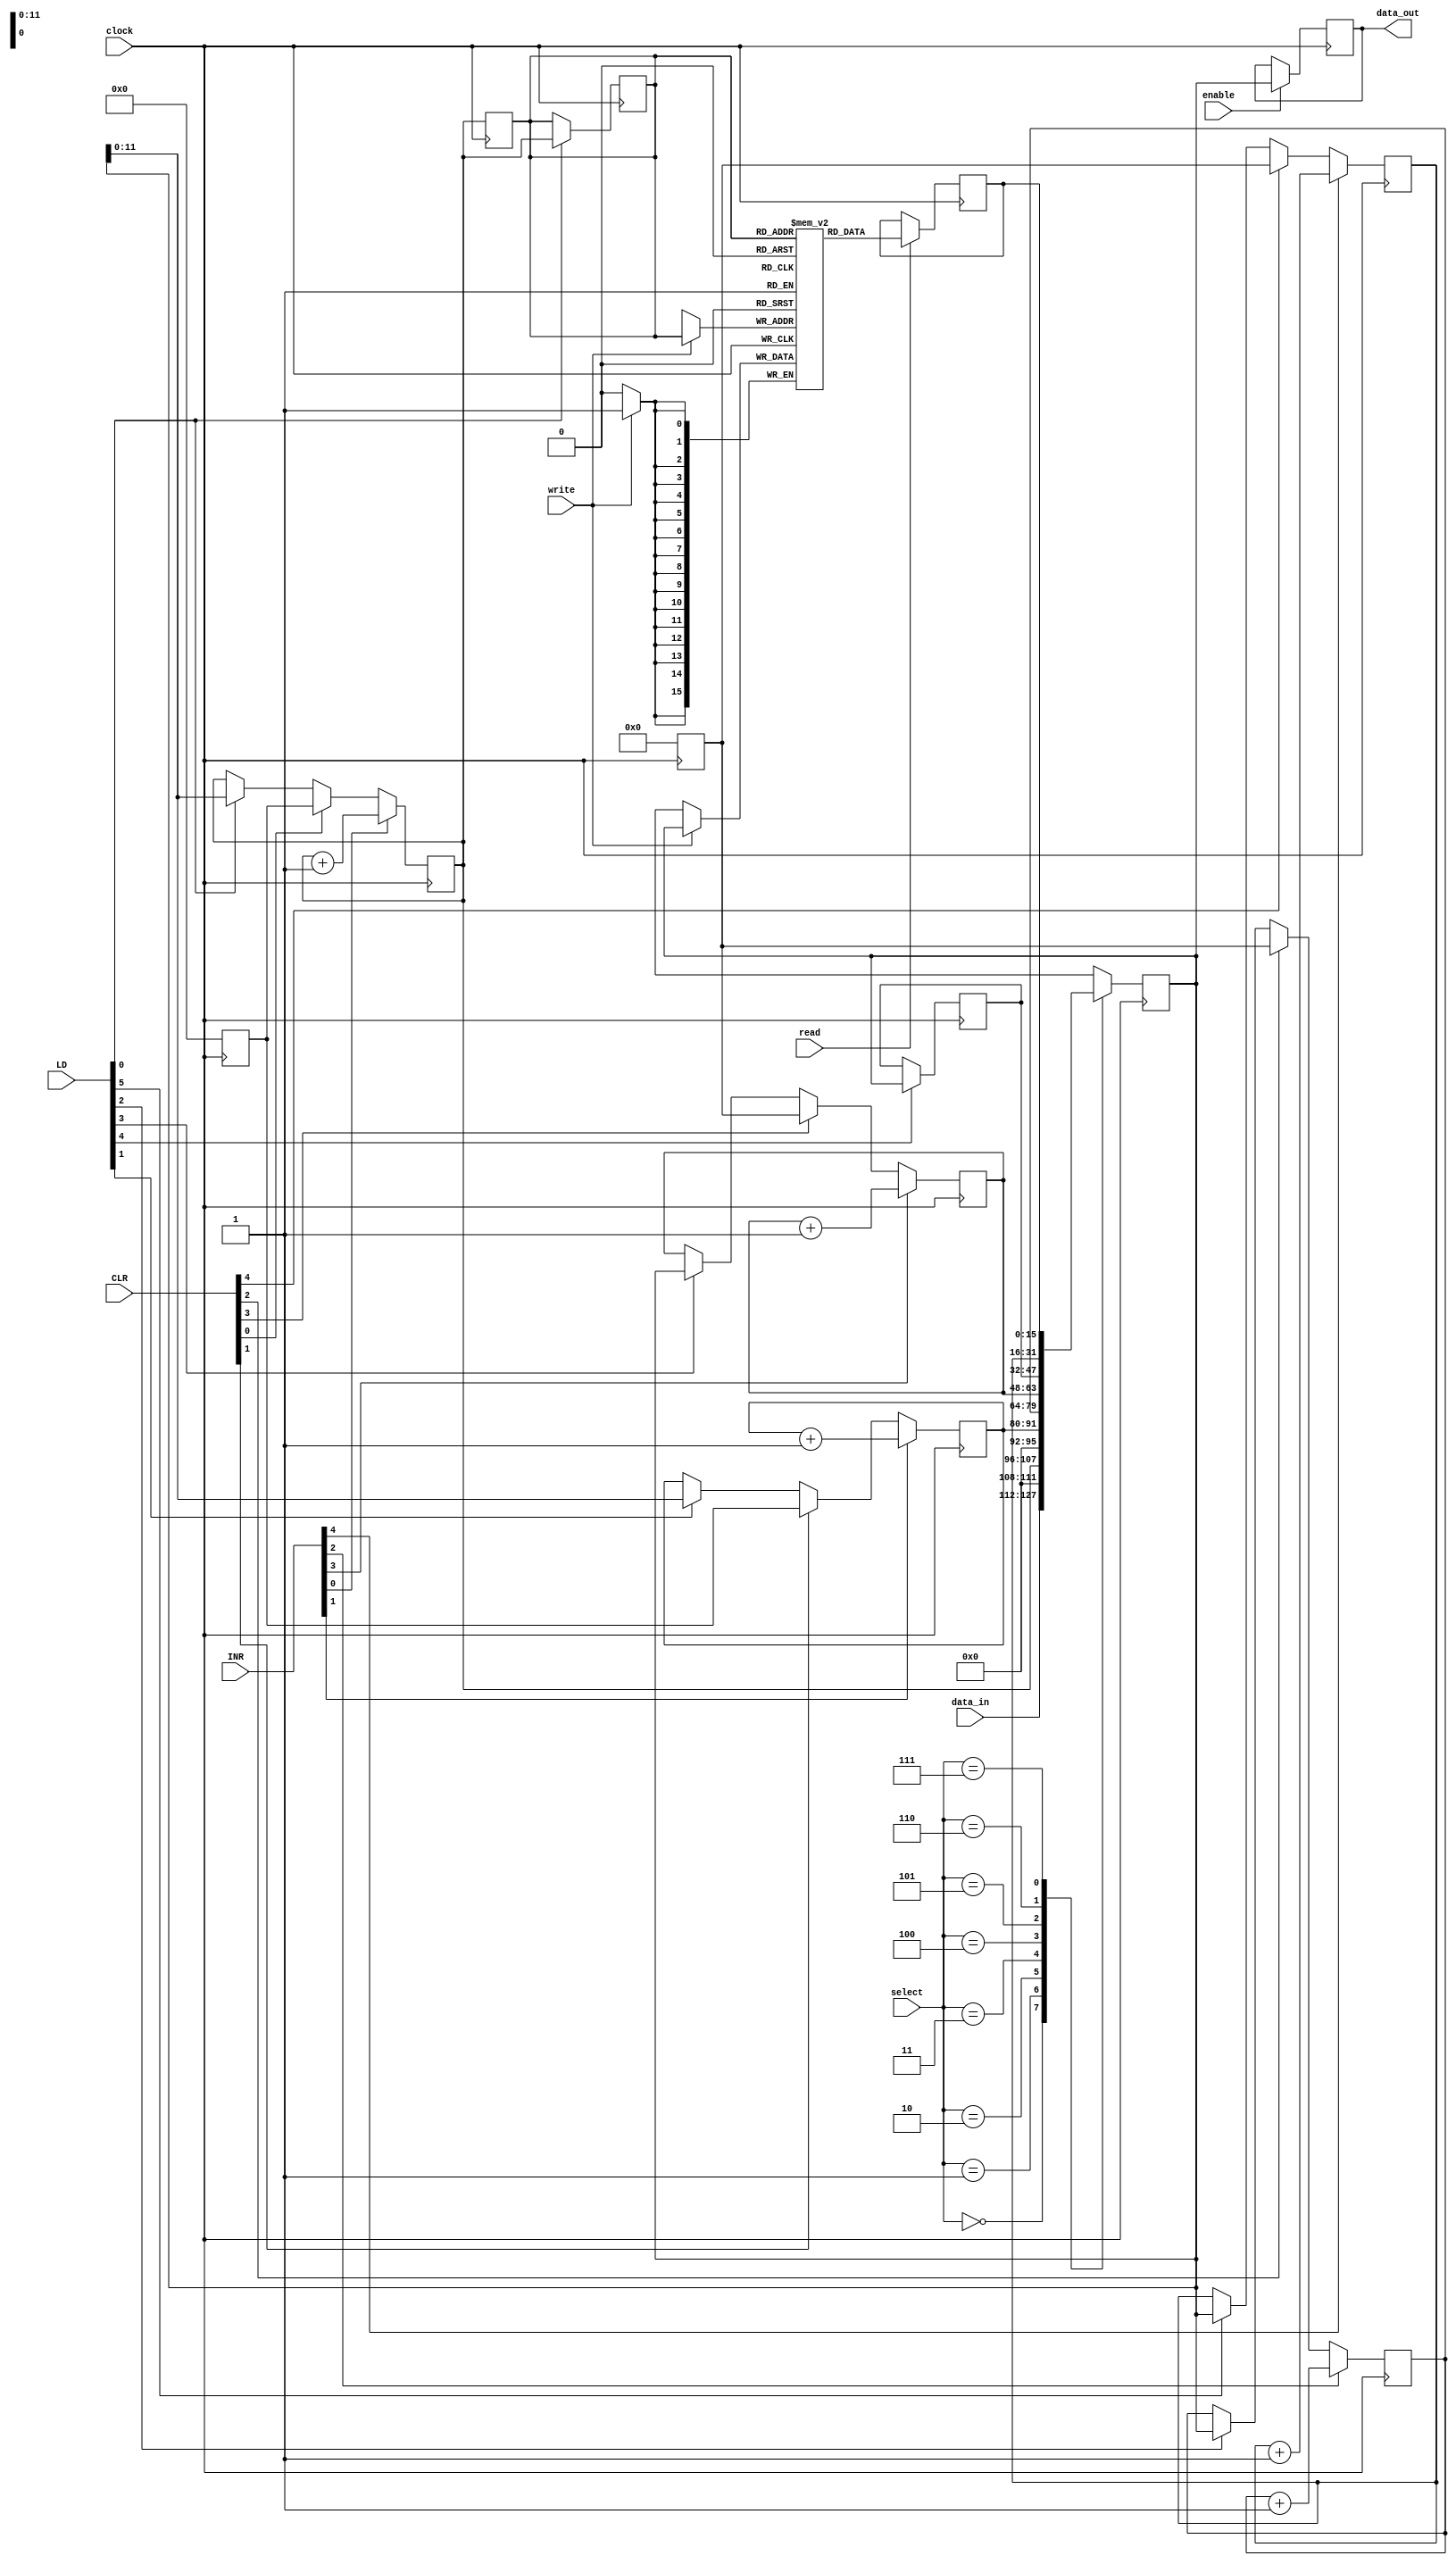
`timescale 1ns / 1ps
//////////////////////////////////////////////////////////////////////////////////
// Company: 
// Engineer: 
// 
// Design Name: 
// Module Name: common_bus_arch
// Project Name: 
// Target Devices: 
// Tool Versions: 
// Description: 
// 
// Dependencies: 
// 
// Revision:
// Revision 0.01 - File Created
// Additional Comments:
// 
//////////////////////////////////////////////////////////////////////////////////


module common_bus(
input clock, read, write, input [5:0] LD, input [4:0] INR, CLR , 
input [2:0] select, 
input [15:0] data_in, // from external memory to the local memory
output reg [15:0] data_out, // to send data to the ALU
input enable //to enable data output
    );
    reg [15:0] main_memory [4095:0];
    reg [11:0] program_counter;
    reg [11:0] address_reg;
    reg [15:0] instruction_reg;
    reg [15:0] accumulator;
    reg [15:0] data_reg;
    reg [15:0] temporary_register;
    reg [15:0] bus;
    reg [11:0] addr_bus;
    reg [15:0] data_bus;
    reg [11:0] temp1;
    reg [15:0] temp2;
    
    always @(negedge clock)
    begin
    temp1<= 0;
    temp2<= 0;
    addr_bus<=address_reg;
  
    
        case (select)
            3'b000: bus <= data_in;
            3'b001: bus <=address_reg;                      //0 for address reg
            3'b010: bus <=program_counter;                  //1 for PC
            3'b011: bus <=data_reg;                         //2 for DR
            3'b100: bus <=accumulator;                      //3 for Acc
            3'b101: bus <=instruction_reg;
            3'b110: bus <=temporary_register;
            3'b111: bus <=data_bus;
            
        endcase
    end
   
    always @(negedge clock)
    begin
    
        if(LD[0]) begin address_reg<=bus; 
                        addr_bus<=address_reg; end
        if(LD[1]) program_counter<=bus;
        if(LD[2]) data_reg<=bus;
        if(LD[3]) accumulator<=bus;
        if(LD[4]) instruction_reg<=bus;
        if(LD[5]) temporary_register<=bus;
        if(CLR[0]) address_reg<=temp1;
        if(CLR[1]) program_counter<=temp1;
        if(CLR[2]) data_reg<=temp2; 
        if(CLR[3]) accumulator<=temp2;
        if(CLR[4]) temporary_register<=temp2;
        if(INR[0]) address_reg<=address_reg+1;
        if(INR[1]) program_counter<=program_counter+1;
        if(INR[2]) data_reg<=data_reg+1;
        if(INR[3]) accumulator<=accumulator+1;
        if(INR[4]) temporary_register<=temporary_register+1;
        if (enable) data_out<= bus;
        if(read)
            data_bus<=main_memory[addr_bus];
        if(write)
            main_memory[addr_bus]<=bus;
    end
endmodule